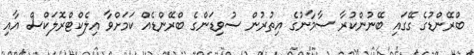
ބްރޭންޑުގެ ގޭގައި ބޭނުންކުރާ ސާމާނުގެ އިތުރުން ސުވިޑަންގެ ބްރޭންޑެއް ކަމަށްވާ އިލެކްޓްރޮލަކްސް އާއި